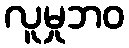
လူမှုဘဝ